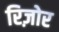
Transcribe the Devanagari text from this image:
रिज़ोर